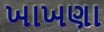
ખાખણા